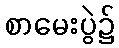
စာမေးပွဲ၌